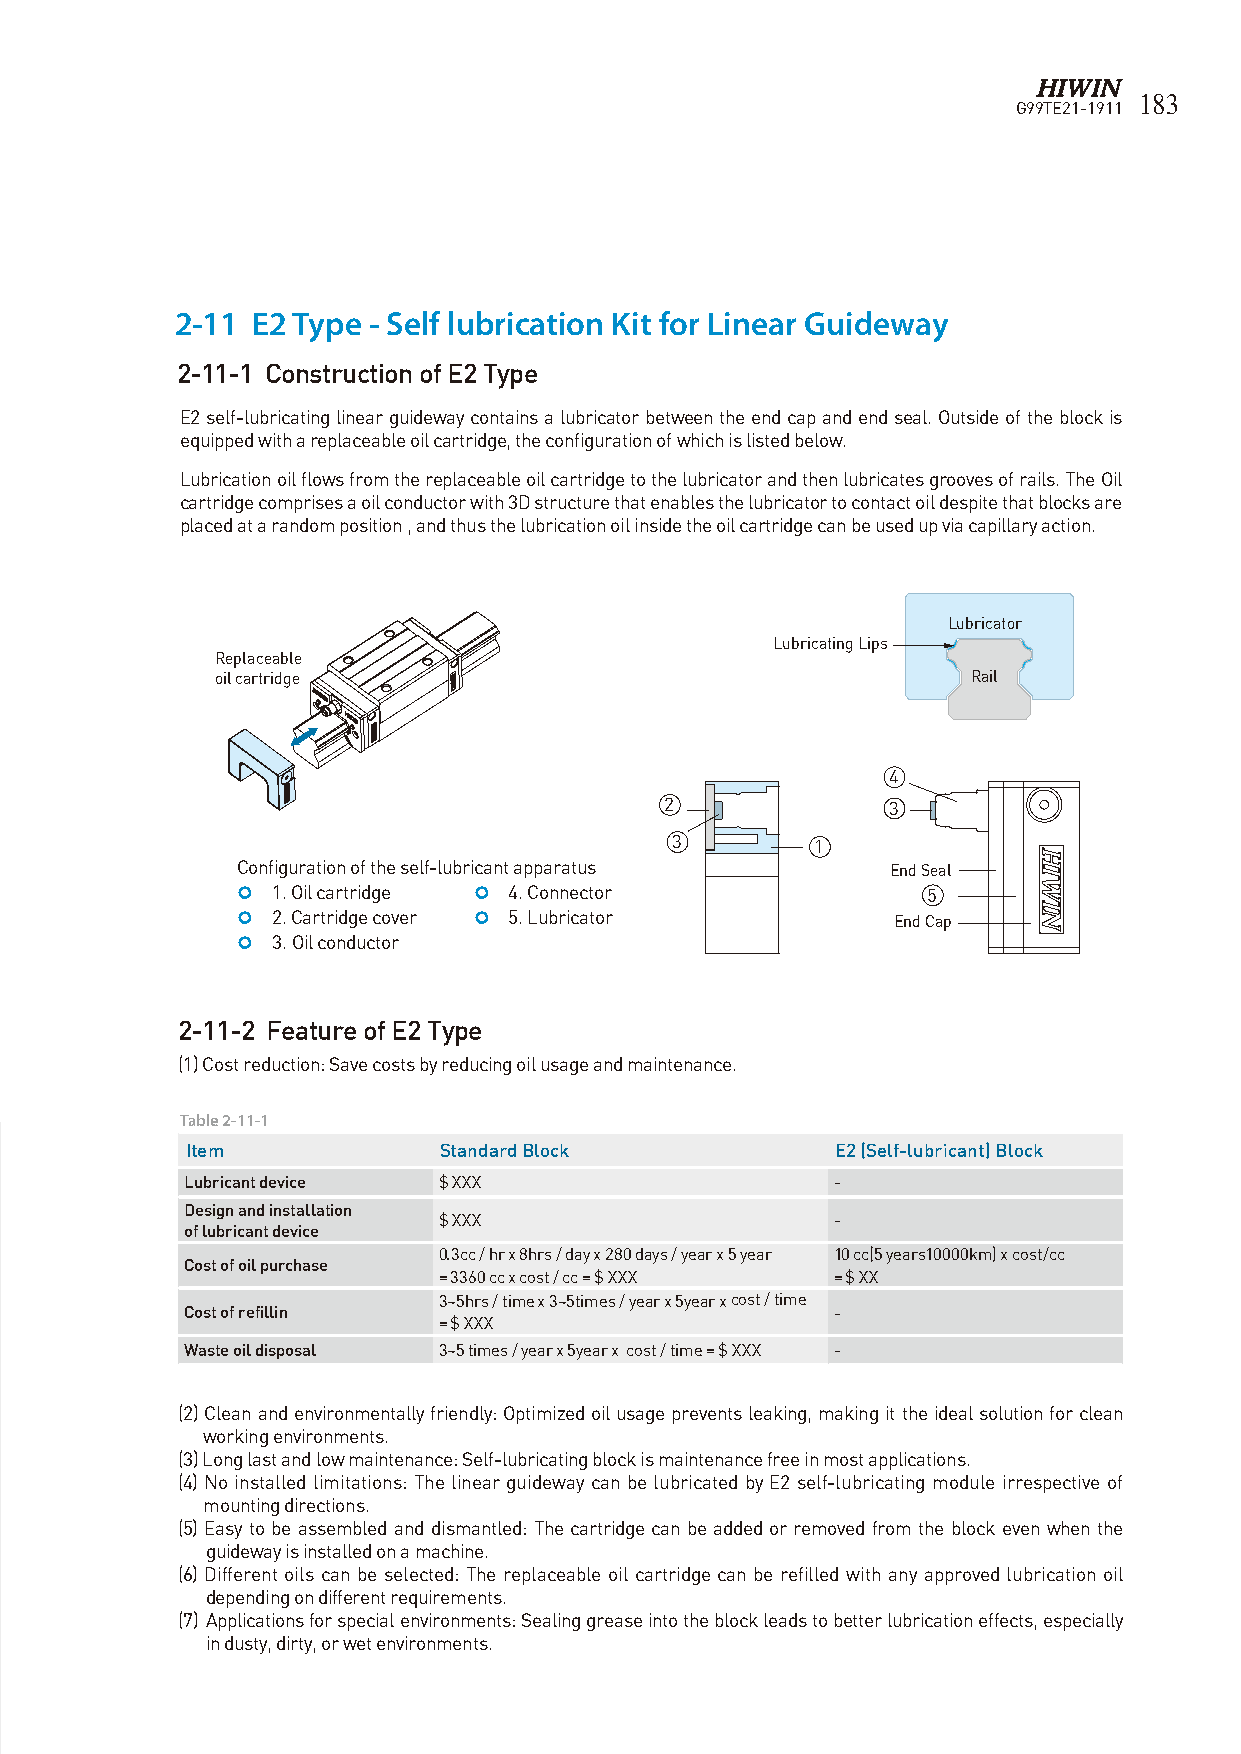
183
 G99TE21-1911
 2-11 E2 Type - Self lubrication Kit for Linear Guideway
 2-11-1 Construction of E2 Type
 E2 self-lubricating linear guideway contains a lubricator between the end cap and end seal. Outside of the block is
 equipped with a replaceable oil cartridge, the configuration of which is listed below.
 Lubrication oil flows from the replaceable oil cartridge to the lubricator and then lubricates grooves of rails. The Oil
 cartridge comprises a oil conductor with 3D structure that enables the lubricator to contact oil despite that blocks are
 placed at a random position , and thus the lubrication oil inside the oil cartridge can be used up via capillary action.
 Lubricator
 Lubricating Lips
 Replaceable
 oil cartridge                                     Rail
 4
 2              3
 3         1
 Configuration of the self-lubricant apparatus End Seal
  1. Oil cartridge  4. Connector            5
  2. Cartridge cover  5. Lubricator       End Cap
  3. Oil conductor
 2-11-2 Feature of E2 Type
 (1) Cost reduction: Save costs by reducing oil usage and maintenance.
 Table 2-11-1
 Item             Standard Block            E2 (Self-lubricant) Block
 Lubricant device $ XXX                     -
 Design and installation
 $ XXX                     -
 of lubricant device
 0.3cc / hr x 8hrs / day x 280 days / year x 5 year 10 cc(5 years10000km) x cost/cc
 Cost of oil purchase
 = 3360 cc x cost / cc = $ XXX = $ XX
 3~5hrs / time x 3~5times / year x 5year x cost / time
 Cost of refillin                           -
 = $ XXX
 Waste oil disposal 3~5 times / year x 5year x cost / time = $ XXX -
 (2) Clean and environmentally friendly: Optimized oil usage prevents leaking, making it the ideal solution for clean
 working environments.
 (3) Long last and low maintenance: Self-lubricating block is maintenance free in most applications.
 (4) No installed limitations: The linear guideway can be lubricated by E2 self-lubricating module irrespective of
 mounting directions.
 (5) Easy to be assembled and dismantled: The cartridge can be added or removed from the block even when the
 guideway is installed on a machine.
 (6) Different oils can be selected: The replaceable oil cartridge can be refilled with any approved lubrication oil
 depending on different requirements.
 (7) Applications for special environments: Sealing grease into the block leads to better lubrication effects, especially
 in dusty, dirty, or wet environments.